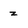
Character: z